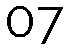
07